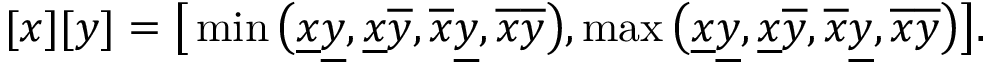
[ x ] [ y ] = \big [ \operatorname* { m i n } \big ( \underline { { x } } \underline { { y } } , \underline { { x } } \overline { { y } } , \overline { { x } } \underline { { y } } , \overline { { x } } \overline { { y } } \big ) , \operatorname* { m a x } \big ( \underline { { x } } \underline { { y } } , \underline { { x } } \overline { { y } } , \overline { { x } } \underline { { y } } , \overline { { x } } \overline { { y } } \big ) \big ] .